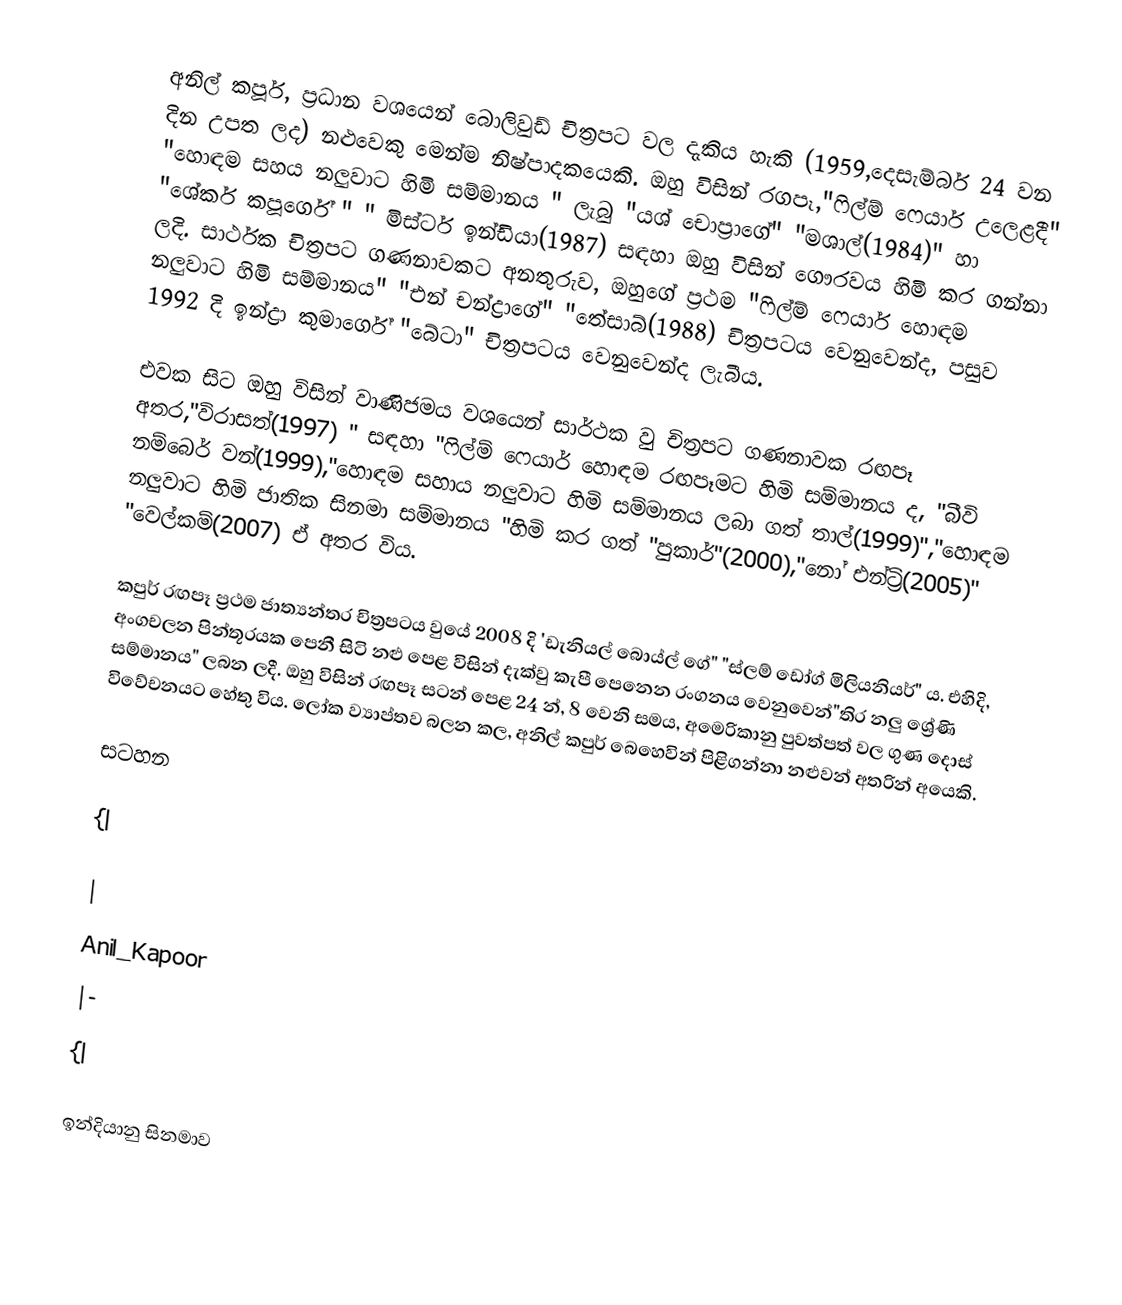
අනිල් කපූර්, ප්‍රධාන වශයෙන් බොලිවුඩ් චිත්‍රපට වල දැකිය හැකි (1959,දෙසැම්බර් 24 වන දින උපත ලද) නළුවෙකු මෙන්ම නිෂ්පාදකයෙකි. ඔහු විසින් රගපෑ,"ෆිල්ම් ෆෙයාර් උලෙළදී" "හොඳම සහය නලුවාට හිමි සම්මානය " ලැබු "යශ් චොප්‍රාගේ" "මශාල්(1984)" හා "ශේකර් කපූර්ගේ " " මිස්ටර් ඉන්ඩියා(1987) සඳහා ඔහු විසින් ගෞරවය හිමි කර ගන්නා ලදි. සාර්ථක චිත්‍රපට ගණනාවකට අනතුරුව, ඔහුගේ ප්‍රථම "ෆිල්ම් ෆෙයාර් හොඳම නලුවාට හිමි සම්මානය" "එන් චන්ද්‍රාගේ" "තේසාබ්(1988) චිත්‍රපටය වෙනුවෙන්ද, පසුව 1992 දි ඉන්ද්‍රා කුමාර්ගේ "බේටා" චිත්‍රපටය වෙනුවෙන්ද ලැබීය.

එවක සිට ඔහු විසින් වාණිජමය වශයෙන් සාර්ථක වු චිත්‍රපට ගණනාවක රඟපෑ අතර,"විරාසත්(1997) " සඳහා "ෆිල්ම් ෆෙයාර් හොඳම රඟපෑමට හිමි සම්මානය ද, "බීවි නම්බෙර් වන්(1999),"හොඳම සහාය නලුවාට හිමි සම්මානය ලබා ගත් තාල්(1999)","හොඳම නලුවාට හිමි ජාතික සිනමා සම්මානය "හිමි  කර ගත් "පුකාර්"(2000),"නෝ එන්ට්‍රි(2005)" "වෙල්කම්(2007) ඒ අතර විය.

කපුර් රඟපෑ ප්‍රථම ජාත්‍යන්තර චිත්‍රපටය වුයේ 2008 දි 'ඩැනියල් බොය්ල් ගේ" "ස්ලම් ඩෝග් මිලියනියර්" ය. එහිදි, අංගචලන පින්තූරයක පෙනී සිටි නළු පෙළ විසින් දැක්වු කැපී පෙනෙන රංගනය වෙනුවෙන්"තිර නලු ශ්‍රේණි සම්මානය" ලබන ලදී. ඔහු විසින් රඟපෑ සටන් පෙළ 24 න්, 8 වෙනි සමය, අමෙරිකානු පුවත්පත් වල ගුණ දොස් විවේචනයට හේතු විය. ලෝක ව්‍යාප්තව බලන කල, අනිල් කපුර් බෙහෙවින් පිළිගන්නා නළුවන් අතරින් අයෙකි.

සටහන

{|

|
Anil_Kapoor
|-
{|

ඉන්දියානු සිනමාව